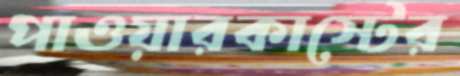
পাওয়ারকাস্টের